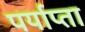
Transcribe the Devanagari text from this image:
पर्याप्ता